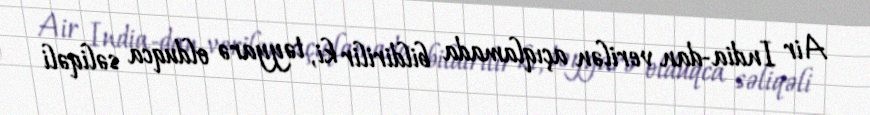
Air India-dan verilən açıqlamada bildirilir ki, təyyarə olduqca səliqəli